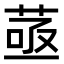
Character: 䓧